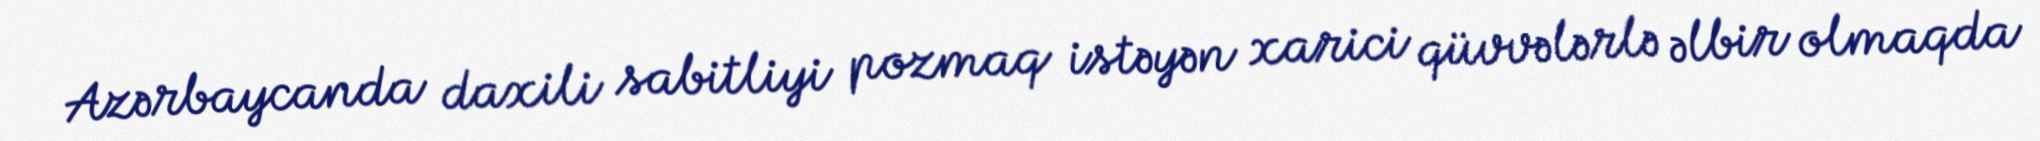
Azərbaycanda daxili sabitliyi pozmaq istəyən xarici qüvvələrlə əlbir olmaqda